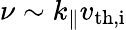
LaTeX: \nu\sim k_{\parallel}v_{\mathrm{th,i}}